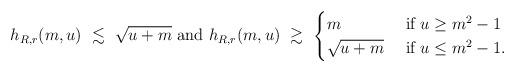
LaTeX: \begin{align*}h_{R,r}(m,u)\ \lesssim\ \sqrt{u+m}\mbox{ and }h_{R,r}(m,u)\ \gtrsim\ \begin{cases}m&\mbox{ if }u\ge m^2-1\\ \sqrt{u+m}&\mbox{ if }u\le m^2-1.\end{cases}\end{align*}